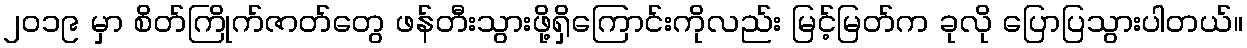
၂၀၁၉ မှာ စိတ်ကြိုက်ဇာတ်တွေ ဖန်တီးသွားဖို့ရှိကြောင်းကိုလည်း မြင့်မြတ်က ခုလို ပြောပြသွားပါတယ်။